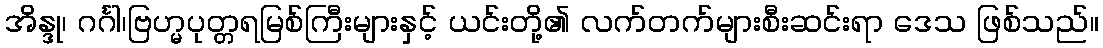
အိန္ဒု၊ ဂင်္ဂါ၊ဗြဟ္မပုတ္တရမြစ်ကြီးများနှင့် ယင်းတို့၏ လက်တက်များစီးဆင်းရာ ဒေသ ဖြစ်သည်။